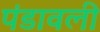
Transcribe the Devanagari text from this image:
पंडावली